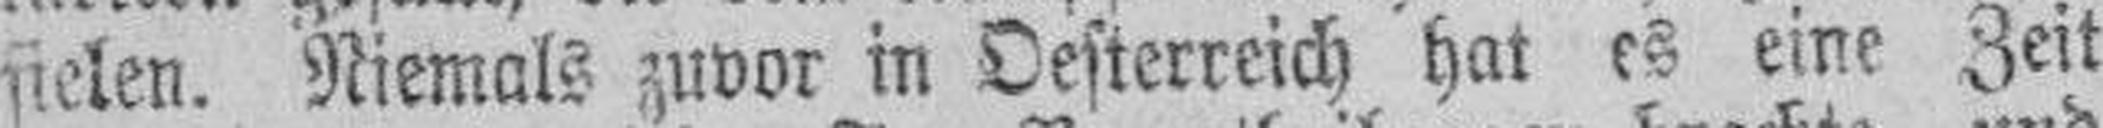
fielen. Niemals zuvor in Oesterreich hat es eine Zeit